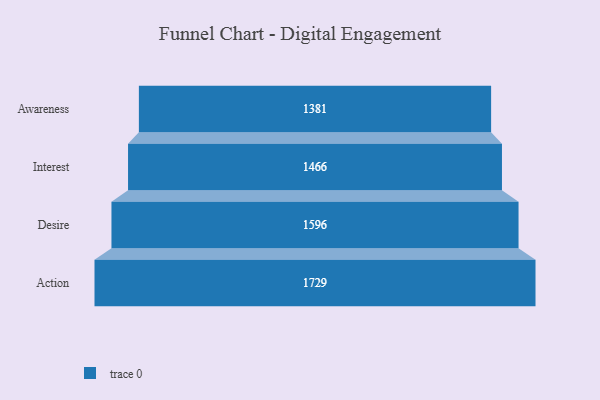
{"axis": {"x": "Stage", "y": "Value"}, "legend": [""], "data": [{"x": "Awareness", "y": 1381.0, "type": ""}, {"x": "Interest", "y": 1466.0, "type": ""}, {"x": "Desire", "y": 1596.0, "type": ""}, {"x": "Action", "y": 1729.0, "type": ""}]}